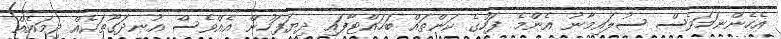
އެހެންނަމަވެސް ސުލައިމާނު އެންމެ ފަހުގެ ކަންތައް ބަހައްޓާފައި ދިޔަފަހުން އެއްވެސް އުނދަގޫތަކެއް ދިމައެއް